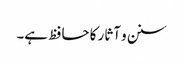
سنن و آثار کا حافظ ہے۔